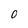
Character: 0